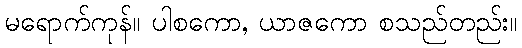
မရောက်ကုန်။ ပါစကော, ယာဇကော စသည်တည်း။